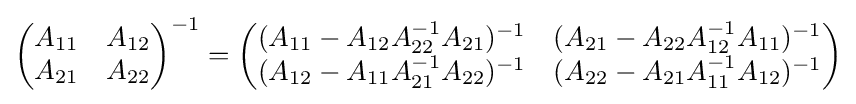
{\begin{pmatrix}A_{11}&A_{12}\\A_{21}&A_{22}\end{pmatrix}}^{-1}={\begin{pmatrix}(A_{11}-A_{12}A_{22}^{-1}A_{21})^{-1}&(A_{21}-A_{22}A_{12}^{-1}A_{11})^{-1}\\(A_{12}-A_{11}A_{21}^{-1}A_{22})^{-1}&(A_{22}-A_{21}A_{11}^{-1}A_{12})^{-1}\end{pmatrix}}